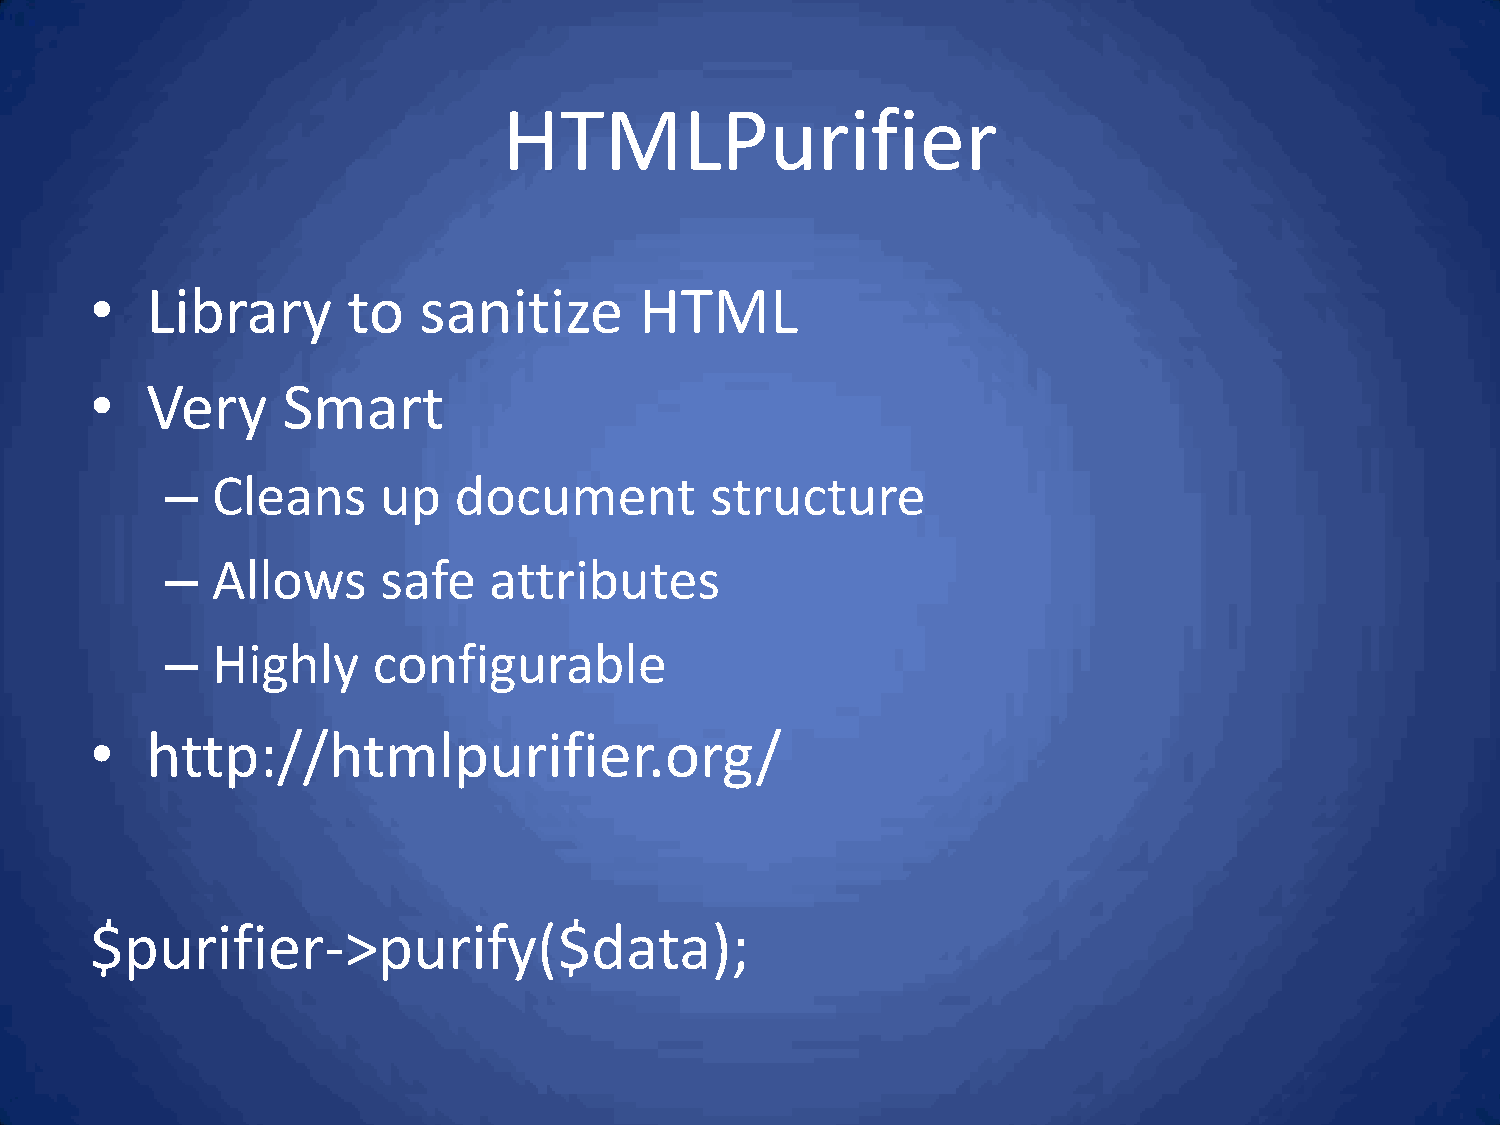
HTMLPurifier
 •   Library      to   sanitize      HTML
 •   Very     Smart
 –  Cleans     up   document         structure
 –  Allows     safe   attributes
 –  Highly     configurable
 •   http://htmlpurifier.org/
 $purifier->purify($data);